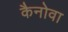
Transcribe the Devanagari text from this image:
कैनोवा